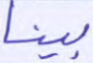
بينا